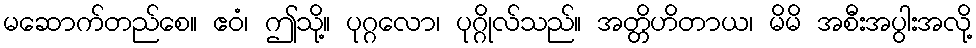
မဆောက်တည်စေ။ ဧဝံ၊ ဤသို့။ ပုဂ္ဂလော၊ ပုဂ္ဂိုလ်သည်။ အတ္တိဟိတာယ၊ မိမိ အစီးအပွါးအလို့